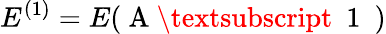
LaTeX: E^{(1)}=E(\mathrm{~A~\textsubscript~{~1~}~})